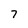
Character: 7